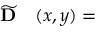
\begin{array} { r l } { \widetilde { \mathbf { D } } } & { { } ( x , y ) = } \end{array}